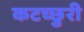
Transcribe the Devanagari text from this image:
कटच्छुरी